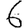
Digit: 6